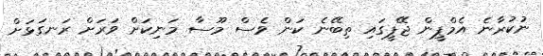
ނުކުރާނެ އެމްޕީން ޖޭޕީގައި ތިބޭނެ ކަން ވެސް މޫސާ މަނިކަށް ވަރަށް ރަނގަޅަށް